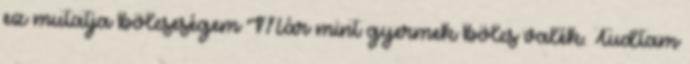
ez mutatja bölcseségem Már mint gyermek bölcs valék. Tudtam